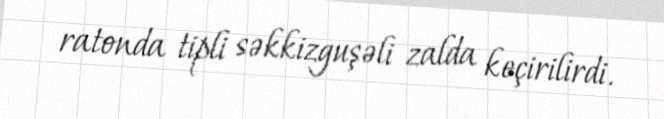
ratonda tipli səkkizguşəli zalda keçirilirdi.